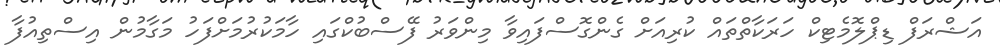
އަޝްރަފް ޑިޕްލޮމެޓިކް ހަރަކާތްތައް ކުރިއަށް ގެންގޮސްފައިވާ މިންވަރު ފޭސްބުކްގައި ހާމަކުރުމަށްފަހު މަގާމުން އިސްތިއުފާ